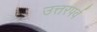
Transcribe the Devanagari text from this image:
उत्तरपर्व